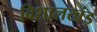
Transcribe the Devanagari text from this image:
विशालखंड़